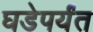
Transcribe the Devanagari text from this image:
घडेपर्यंत